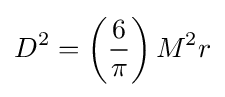
D^{2}=\left({\frac {6}{\pi }}\right)M^{2}r